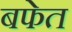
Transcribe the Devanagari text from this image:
बफेत